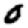
Digit: 0